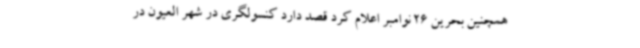
همچنین بحرین 26 نوامبر اعلام کرد قصد دارد کنسولگری در شهر العیون در